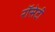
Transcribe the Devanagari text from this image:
रॉसेटी